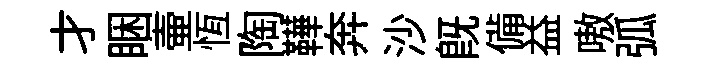
才睏壷恆陶鞾奔沙旣備益嗷弧